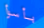
بأسوأ